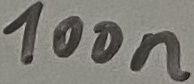
Text: 100n